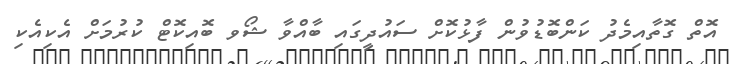
އޮތް ގޮތާއިމެދު ކަންބޮޑުވުން ފާޅުކޮށް ސައުދީގައި ބާއްވާ ޝޯވ ބޮއިކޮޓް ކުރުމަށް އެކިއެކި